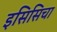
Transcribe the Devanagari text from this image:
इसिसिचा